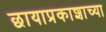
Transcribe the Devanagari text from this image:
छायाप्रकाशाच्या